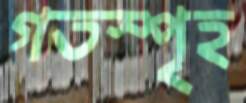
গতস্পৃহ